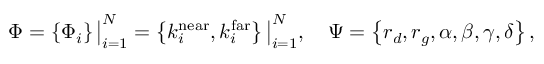
\Phi = \left\{ \Phi _ { i } \right\} \big | _ { i = 1 } ^ { N } = \left\{ k _ { i } ^ { \mathrm { n e a r } } , k _ { i } ^ { \mathrm { f a r } } \right\} \big | _ { i = 1 } ^ { N } , \quad \Psi = \left\{ r _ { d } , r _ { g } , \alpha , \beta , \gamma , \delta \right\} ,